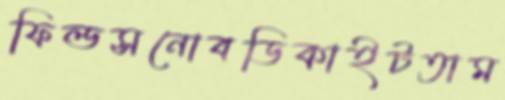
ফিল্ডসনোবডিকাইটতাম